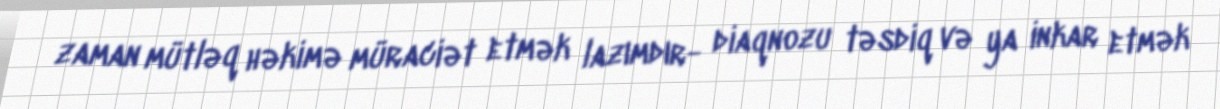
zaman mütləq həkimə müraciət etmək lazımdır- diaqnozu təsdiq və ya inkar etmək